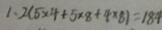
1 、 2 ( 5 \times 4 + 5 \times 8 + 4 \times 8 ) = 1 8 4